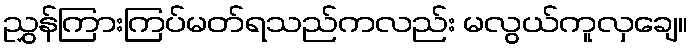
ညွှန်ကြားကြပ်မတ်ရသည်ကလည်း မလွယ်ကူလှချေ။